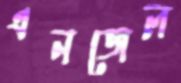
এনজেল